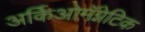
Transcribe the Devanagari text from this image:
अर्किओमॅग्नेटिक